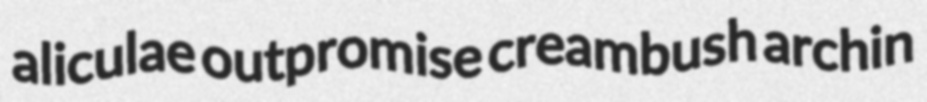
aliculae outpromise creambush archin